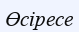
Өсіресе